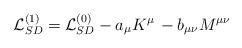
LaTeX: \begin{align*}{\cal L}_{SD}^{(1)} = {\cal L}_{SD}^{(0)} - a_\mu K^\mu\, - b_{\mu\nu} M^{\mu\nu}\end{align*}